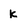
Character: K